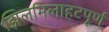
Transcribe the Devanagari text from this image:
झिलमिलाहटपूर्ण